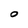
Character: O